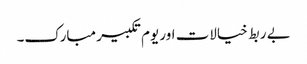
بے ربط خیالات اور یوم تکبیر مبارک۔